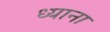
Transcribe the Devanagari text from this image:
ध्याना